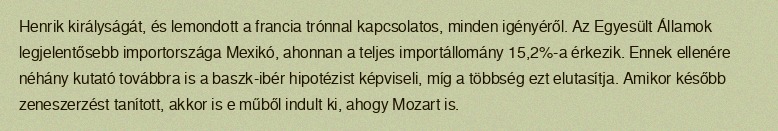
Henrik királyságát, és lemondott a francia trónnal kapcsolatos, minden igényéről. Az Egyesült Államok legjelentősebb importországa Mexikó, ahonnan a teljes importállomány 15,2%-a érkezik. Ennek ellenére néhány kutató továbbra is a baszk-ibér hipotézist képviseli, míg a többség ezt elutasítja. Amikor később zeneszerzést tanított, akkor is e műből indult ki, ahogy Mozart is.